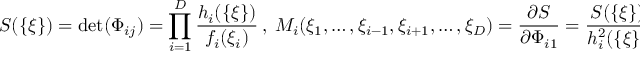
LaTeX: S ( \{ \xi \} ) = \operatorname * { d e t } ( \Phi _ { i j } ) = \prod _ { i = 1 } ^ { D } { \frac { h _ { i } ( \{ \xi \} ) } { f _ { i } ( \xi _ { i } ) } } \ , \ M _ { i } ( \xi _ { 1 } , \dots , \xi _ { i - 1 } , \xi _ { i + 1 } , \dots , \xi _ { D } ) = { \frac { \partial S } { \partial \Phi _ { i 1 } } } = { \frac { S ( \{ \xi \} ) } { h _ { i } ^ { 2 } ( \{ \xi \} ) } } \enspace ,